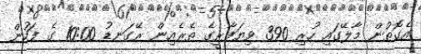
އެގޮތުން މާލޭގައި ހުރި 390 ވިޔަފާރީގެ ތެރެއިން ރޭގަނޑު 10:00 ގެ ފަހުން